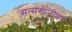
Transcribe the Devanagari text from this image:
सत्संगीजीवन